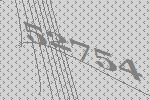
52754